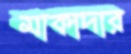
মার্কাদার